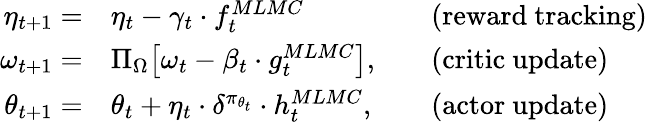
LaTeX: \begin{array}{rlrl}{\eta_{t+1}=}&{\eta_{t}-\gamma_{t}\cdot f_{t}^{MLMC}}&&{\mathrm{(reward~tracking)}}\\ {\omega_{t+1}=}&{\Pi_{\Omega}\big[\omega_{t}-\beta_{t}\cdot g_{t}^{MLMC}\big],}&&{\mathrm{(critic~update)}}\\ {\theta_{t+1}=}&{\theta_{t}+\eta_{t}\cdot\delta^{\pi_{\theta_{t}}}\cdot h_{t}^{MLMC},}&&{\mathrm{(actor~update)}}\end{array}